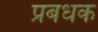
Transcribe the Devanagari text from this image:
प्रबधक